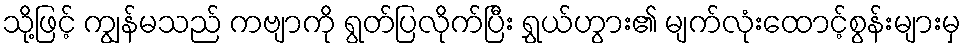
သို့ဖြင့် ကျွန်မသည် ကဗျာကို ရွတ်ပြလိုက်ပြီး ရွှယ်ဟွား၏ မျက်လုံးထောင့်စွန်းများမှ